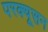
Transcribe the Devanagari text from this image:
परक्यूसन